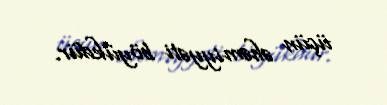
üçün əhəmiyyəti böyükdür.